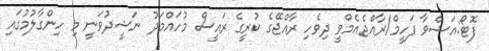
ފޮޓޯ:އަޝްވާ ފަހީމް/ރާއްޖެއެމްވީ ދިވެހި ރާއްޖޭގެ ކުރީގެ ރައީސް މުހައްމަދު ނަޝީދުވަނީ މި ހިންގާލުމުގައި